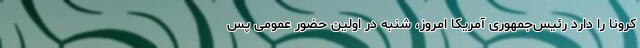
کرونا را دارد رئیس‌جمهوری آمریکا امروز، شنبه در اولین حضور عمومی پس